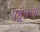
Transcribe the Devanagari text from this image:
पहुँचजा